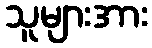
သူများအား